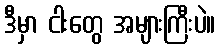
ဒီမှာ ငါးတွေ အများကြီးပဲ။